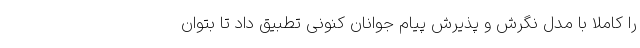
را کاملا با مدل نگرش و پذیرش پیام جوانان کنونی تطبیق داد تا بتوان